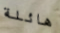
هائلة